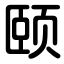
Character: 颐